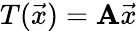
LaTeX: T({\vec{x}})=\mathbf{A}{\vec{x}}